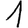
Digit: 1